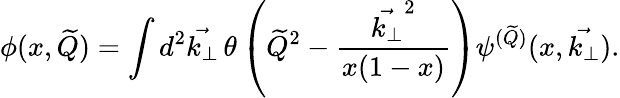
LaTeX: \phi(x,\widetilde Q)=\int d^{2}\vec{k_{\perp}}\thinspace\theta\left({\widetilde Q}^{2}-{\frac{\vec{k_{\perp}}^{2}}{x(1-x)}}\right)\psi^{(\widetilde Q)}(x,\vec{k_{\perp}}).